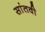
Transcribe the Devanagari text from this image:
सांतवी